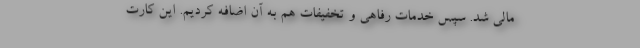
مالی شد. سپس خدمات رفاهی و تخفیفات هم به آن اضافه کردیم. این کارت